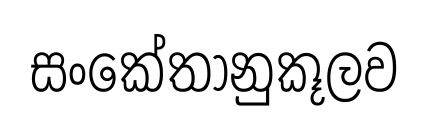
සංකේතානුකූලව